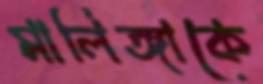
মালিঙ্গাকে